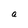
Character: a